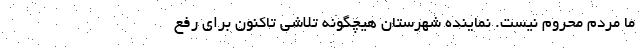
ما مردم محروم نیست. نماینده شهرستان هیچگونه تلاشی تاکنون برای رفع